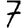
Digit: 7